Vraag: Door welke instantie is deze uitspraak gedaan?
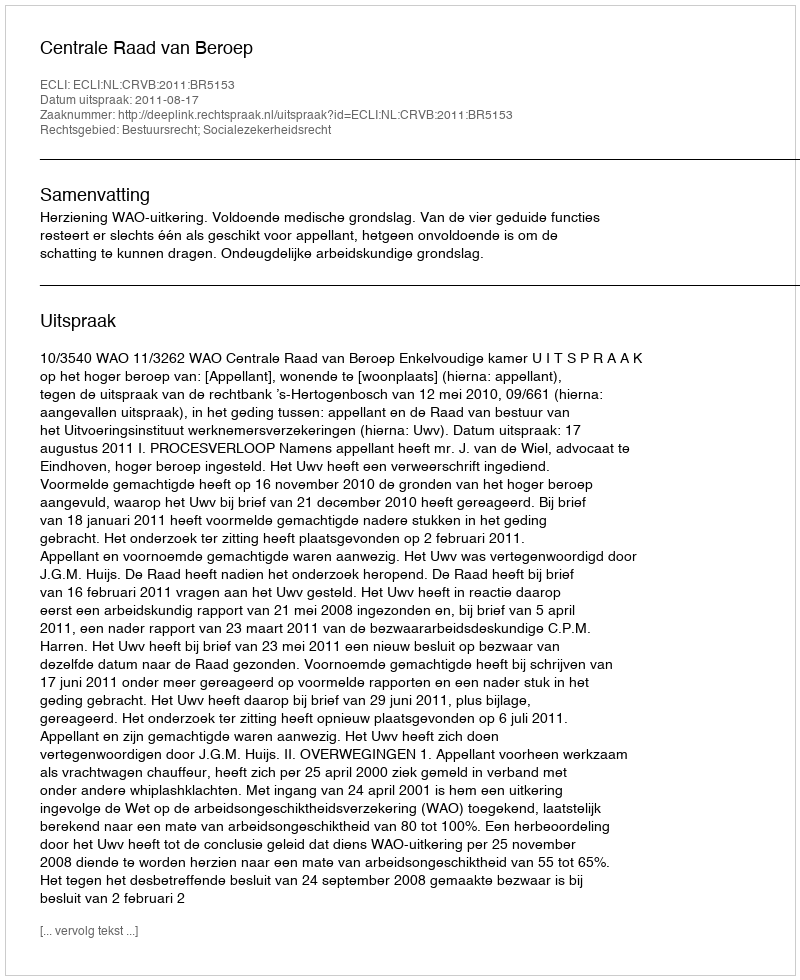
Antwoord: Centrale Raad van Beroep